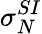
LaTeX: \sigma_{N}^{SI}